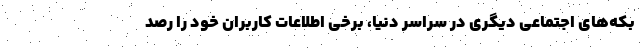
بکه‌های اجتماعی دیگری در سراسر دنیا، برخی اطلاعات کاربران خود را رصد